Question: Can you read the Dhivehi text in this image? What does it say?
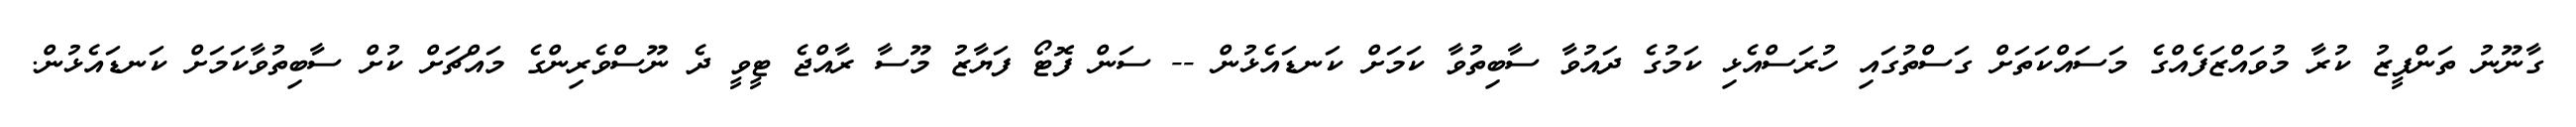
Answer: ގާނޫނު ތަންފީޒު ކުރާ މުވައްޒަފެއްގެ މަސައްކަތަށް ގަސްތުގައި ހުރަސްއެޅި ކަމުގެ ދައުވާ ސާބިތުވާ ކަމަށް ކަނޑައެޅުން -- ސަން ފޮޓޯ ފަޔާޒު މޫސާ ރާއްޖެ ޓީވީ ދެ ނޫސްވެރިންގެ މައްޗަށް ކުށް ސާބިތުވާކަމަށް ކަނޑައެޅުން.